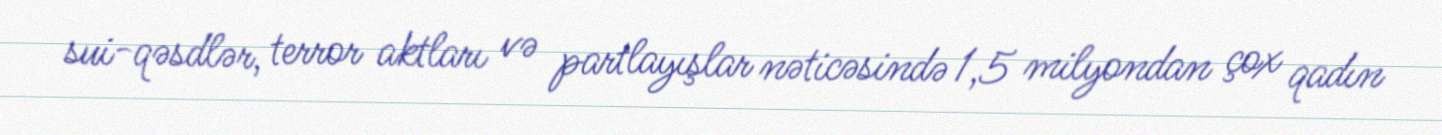
sui-qəsdlər, terror aktları və partlayışlar nəticəsində 1,5 milyondan çox qadın